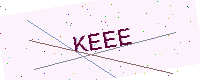
Text: KEEE